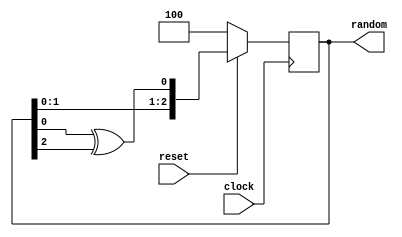
module lfsr_31 (clock, reset, random);
    input clock, reset;
    output [2:0] random;

    reg [2:0] random;

    always @ (posedge clock) begin
        if (~reset) begin
            random = 3'b100;
        end else begin
            random = {random[1:0], random[0] ^ random[2]};
        end
    end

endmodule // lfsr_31